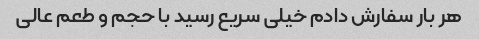
هر بار سفارش دادم خیلی سریع رسید با حجم و طعم عالی